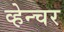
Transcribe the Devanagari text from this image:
व्हेन्चर